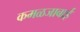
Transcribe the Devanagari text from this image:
कमळजाबाई